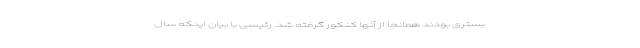
بستری بودند همانجا از آنها کنکور گرفته شد. رئیسی با بیان اینکه سال